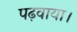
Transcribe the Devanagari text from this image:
पढ़वाया।